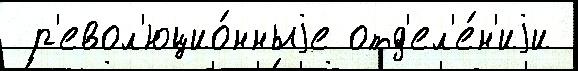
 р'евол'юцио́нныjе отд'ел'е́н'иjи